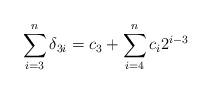
LaTeX: \begin{align*}\sum\limits^{n}_{i=3}\delta_{3i}=c_{3}+\sum\limits^{n}_{i=4}c_{i}2^{i-3}\end{align*}